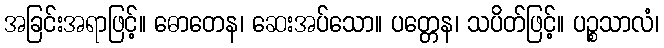
အခြင်းအရာဖြင့်။ ဓောတေန၊ ဆေးအပ်သော။ ပတ္တေန၊ သပိတ်ဖြင့်။ ပဉ္စသာလံ၊